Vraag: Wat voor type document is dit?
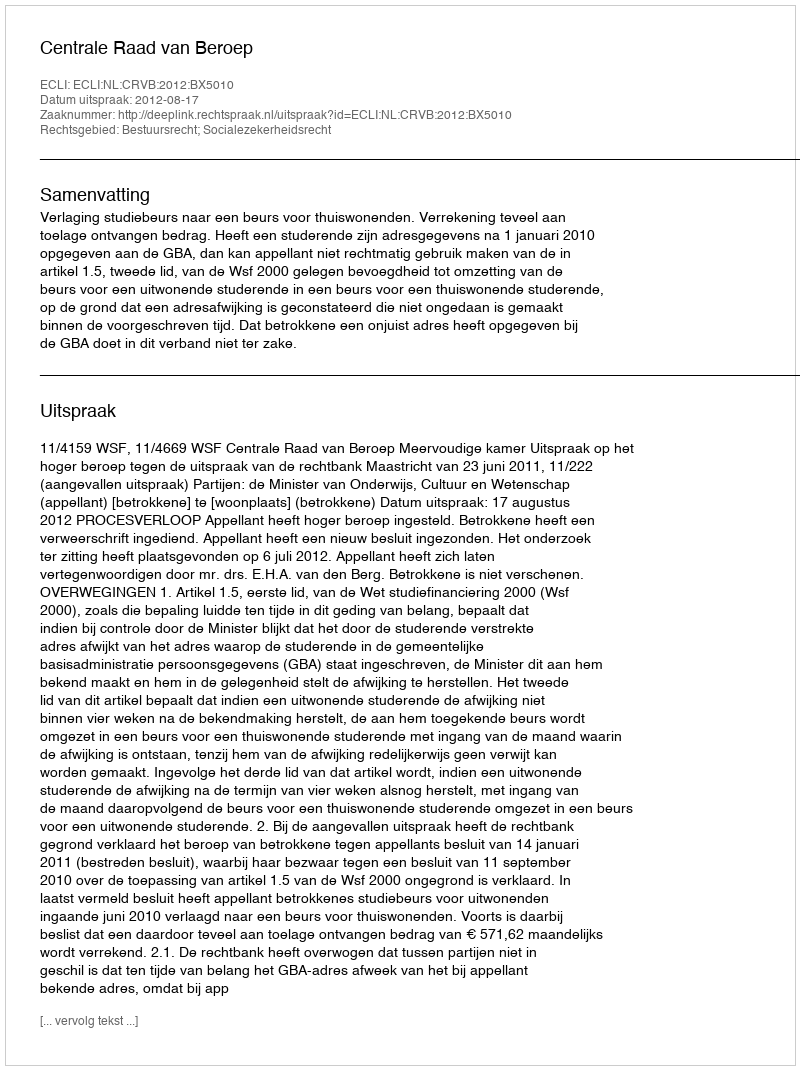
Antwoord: Uitspraak